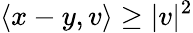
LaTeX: \langle x-y,v\rangle\geq|v|^{2}